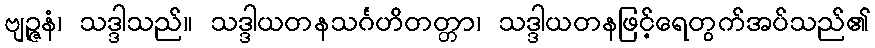
ဗျဉ္ဇနံ၊ သဒ္ဒါသည်။ သဒ္ဒါယတနသင်္ဂဟိတတ္တာ၊ သဒ္ဒါယတနဖြင့်ရေတွက်အပ်သည်၏